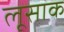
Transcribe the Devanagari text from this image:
लूसाक